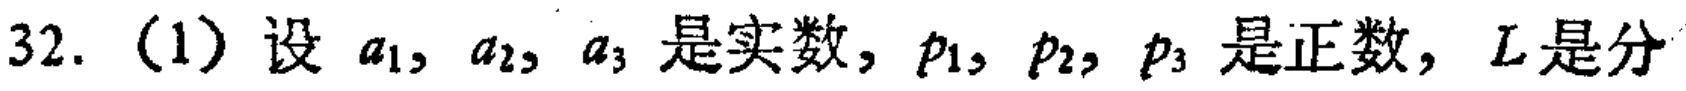
32. (1) 设 \(a_{1},a_{2},a_{3}\) 是实数, \(p_{1},p_{2},p_{3}\) 是正数, \(L\) 是分